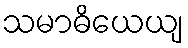
သမာဓိယေယျ